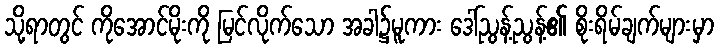
သို့ရာတွင် ကိုအောင်မိုးကို မြင်လိုက်သော အခါ၌မူကား ဒေါ်ညွန့်ညွန့်၏ စိုးရိမ်ချက်များမှာ